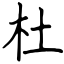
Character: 杜